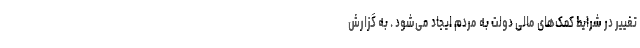
تغییر در شرایط کمک‌های مالی دولت به مردم ایجاد می‌شود . به گزارش